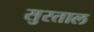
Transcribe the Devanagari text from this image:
सुरताल